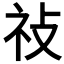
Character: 𢼗